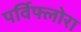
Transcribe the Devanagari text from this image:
पर्विफ्लोरा